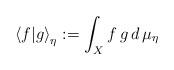
LaTeX: \begin{align*}\left<f|g\right>_{\eta}:=\int_{X}f\,g\,d\,\mu_{\eta}\end{align*}